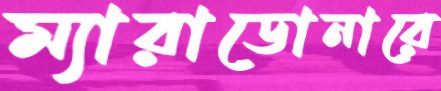
ম্যারাডোনারে